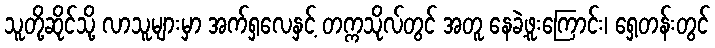
သူတို့ဆိုင်သို့ လာသူများမှာ အက်ရှလေနှင့် တက္ကသိုလ်တွင် အတူ နေခဲ့ဖူးကြောင်း၊ ရှေ့တန်းတွင်